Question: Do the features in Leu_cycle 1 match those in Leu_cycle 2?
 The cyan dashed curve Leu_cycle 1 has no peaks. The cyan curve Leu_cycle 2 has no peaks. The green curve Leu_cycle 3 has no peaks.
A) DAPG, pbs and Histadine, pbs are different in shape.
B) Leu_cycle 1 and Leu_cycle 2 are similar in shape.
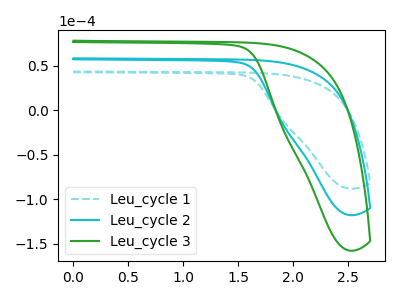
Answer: <think>Neither "Leu_cycle 1" or "Leu_cycle 2" have any peaks.
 </think>
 <answer>B) "Leu_cycle 1" and "Leu_cycle 2" are similar in shape.</answer>
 <eval>B</eval>